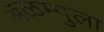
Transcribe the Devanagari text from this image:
ॲळम्पुला